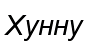
Хунну